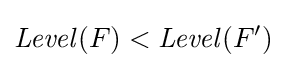
{\mathit {Level}}(F)<{\mathit {Level}}(F')